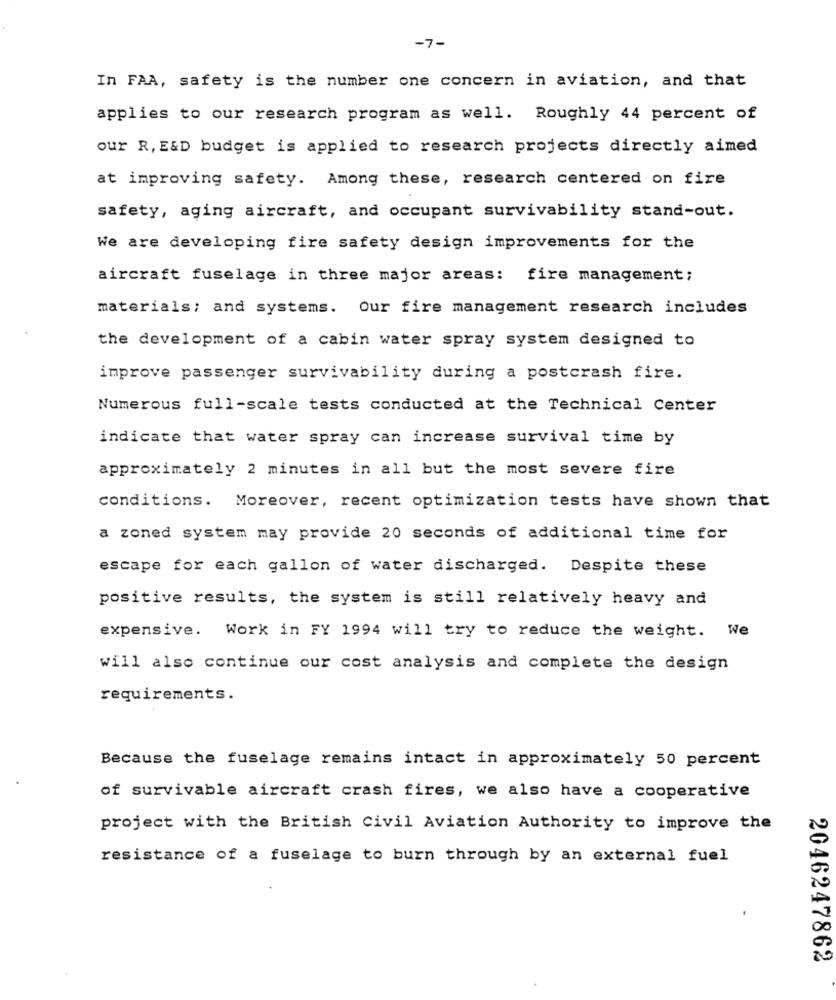
-7-
In FAA, safety is the number one concern in aviation, and that
applies to our research program as well. Roughly 44 percent of
our R, E&D budget is applied to research projects directly aimed
at improving safety. Among these, research centered on fire
safety, aging aircraft, and occupant survivability stand-out.
We are developing fire safety design improvements for the
aircraft fuselage in three major areas: fire management;
materials; and systems. Our fire management research includes
the development of a cabin water spray system designed to
improve passenger survivability during a postcrash fire.
Numerous full-scale tests conducted at the Technical Center
indicate that water spray can increase survival time by
approximately 2 minutes in all but the most severe fire
conditions. Moreover, recent optimization tests have shown that
a zoned system may provide 20 seconds of additional time for
escape for each gallon of water discharged. Despite these
positive results, the system is still relatively heavy and
expensive. Work in FY 1994 will try to reduce the weight. We
will also continue our cost analysis and complete the design
requirements.
Because the fuselage remains intact in approximately 50 percent
of survivable aircraft crash fires, we also have a cooperative
project with the British Civil Aviation Authority to improve the
resistance of a fuselage to burn through by an external fuel
2046247862